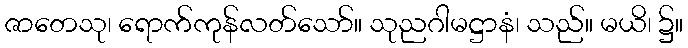
ဇာတေသု၊ ရောက်ကုန်လတ်သော်။ သုညဂါမဋ္ဌာနံ၊ သည်။ မယိ၊ ၌။